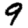
Digit: 9